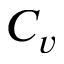
C _ { v }